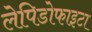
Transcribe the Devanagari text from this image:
लेपिडोफाइटा